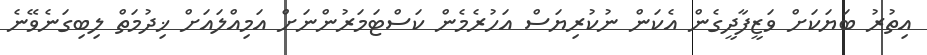
އިތުރު ބަޔަކަށް ވަޒީފާދީގެން އެކަން ނުކުރިޔަސް އަހުރެމެން ކަސްޓަމަރުންނަށް އަމިއްލައަށް ޚިދުމަތް ލިބިގަނެވޭނެ